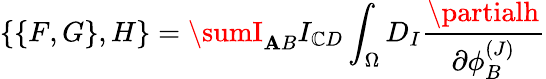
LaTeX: \{ \{ F,G\} ,H\} =\sumI_{\mathbf{A}B}I_{\mathbb{C}D}\int_{\Omega}D_{I}{\frac{{\partialh}}{{\partial\phi_{B}^{(J)}}}}